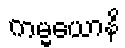
ကမ္မယောနိ